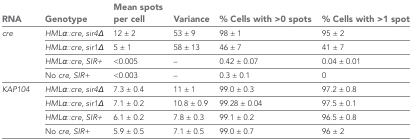
<table><thead><tr><td><b>RNA</b></td><td><b>Genotype</b></td><td><b>Mean spots per cell</b></td><td><b>Variance</b></td><td><b>% Cells with &gt;0 spots</b></td><td><b>% Cells with &gt;1 spot</b></td></tr></thead><tbody><tr><td rowspan="4"><i>cre</i></td><td><i>HMLα::cre, sir4Δ</i></td><td>12 ± 2</td><td>53 ± 9</td><td>98 ± 1</td><td>95 ± 2</td></tr><tr><td><i>HMLα::cre, sir1Δ</i></td><td>5 ± 1</td><td>58 ± 13</td><td>46 ± 7</td><td>41 ± 7</td></tr><tr><td><i>HMLα::cre, SIR+</i></td><td>&lt;0.005</td><td>–</td><td>0.42 ± 0.07</td><td>0.04 ± 0.01</td></tr><tr><td>No <i>cre, SIR+</i></td><td>&lt;0.003</td><td>–</td><td>0.3 ± 0.1</td><td>0</td></tr><tr><td rowspan="4"><i>KAP104</i></td><td><i>HMLα::cre, sir4Δ</i></td><td>7.3 ± 0.4</td><td>11 ± 1</td><td>99.0 ± 0.3</td><td>97.2 ± 0.8</td></tr><tr><td><i>HMLα::cre, sir1Δ</i></td><td>7.1 ± 0.2</td><td>10.8 ± 0.9</td><td>99.28 ± 0.04</td><td>97.5 ± 0.1</td></tr><tr><td><i>HMLα::cre, SIR+</i></td><td>6.1 ± 0.2</td><td>7.8 ± 0.3</td><td>99.1 ± 0.2</td><td>96.5 ± 0.8</td></tr><tr><td>No <i>cre, SIR+</i></td><td>5.9 ± 0.5</td><td>7.1 ± 0.5</td><td>99.0 ± 0.7</td><td>96 ± 2</td></tr></tbody></table>